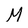
Character: M